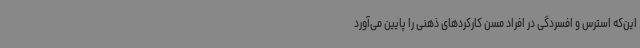
این‌که استرس و افسردگی در افراد مسن کارکردهای ذهنی را پایین می‌آورد